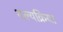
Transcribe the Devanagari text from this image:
शल्‍यक्रिया